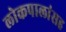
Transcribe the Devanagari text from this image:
लोकपालांसह